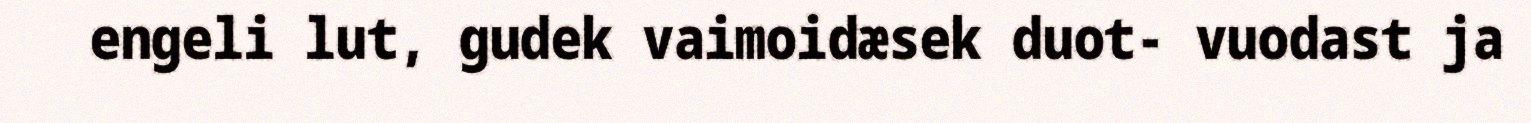
engeli lut, gudek vaimoidæsek duot- vuodast ja